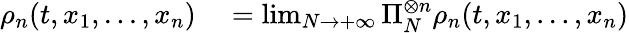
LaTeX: \begin{array}{rl}{\rho_{n}(t,x_{1},...,x_{n})}&{{}=\operatorname*{lim}_{N\to+\infty}\Pi_{N}^{\otimes n}\rho_{n}(t,x_{1},...,x_{n})}\end{array}